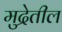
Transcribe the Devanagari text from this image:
मुद्रेतील